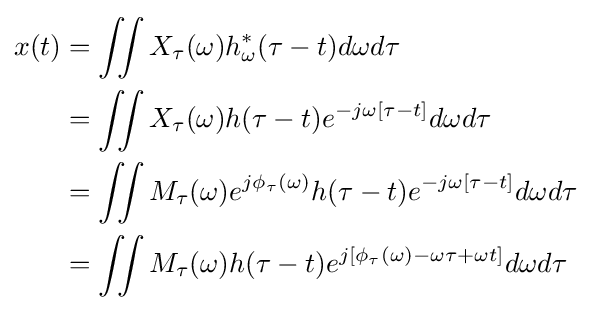
{\begin{aligned}x(t)&=\iint X_{\tau }(\omega )h_{\omega }^{*}(\tau -t)d\omega d\tau \\&=\iint X_{\tau }(\omega )h(\tau -t)e^{-j\omega \left[\tau -t\right]}d\omega d\tau \\&=\iint M_{\tau }(\omega )e^{j\phi _{\tau }(\omega )}h(\tau -t)e^{-j\omega \left[\tau -t\right]}d\omega d\tau \\&=\iint M_{\tau }(\omega )h(\tau -t)e^{j\left[\phi _{\tau }(\omega )-\omega \tau +\omega t\right]}d\omega d\tau \end{aligned}}